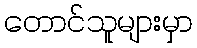
တောင်သူများမှာ